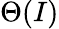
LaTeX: \Theta(I)